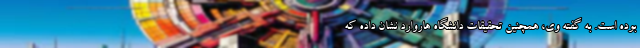
بوده است. به گفته وی، همچنین تحقیقات دانشگاه هاروارد نشان داده که